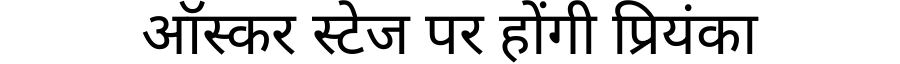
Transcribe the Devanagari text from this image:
ऑस्कर स्टेज पर होंगी प्रियंका